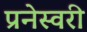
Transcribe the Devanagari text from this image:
प्रनेस्वरी